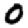
Digit: 0